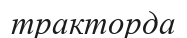
тракторда